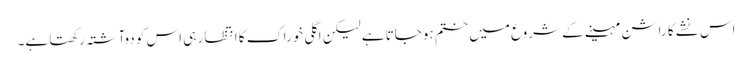
اس نشے کا راشن مہینے کے شروع میں ختم ہوجاتا ہے لیکن اگلی خوراک کا انتظار ہی اس کو دوآشتہ رکھتا ہے۔